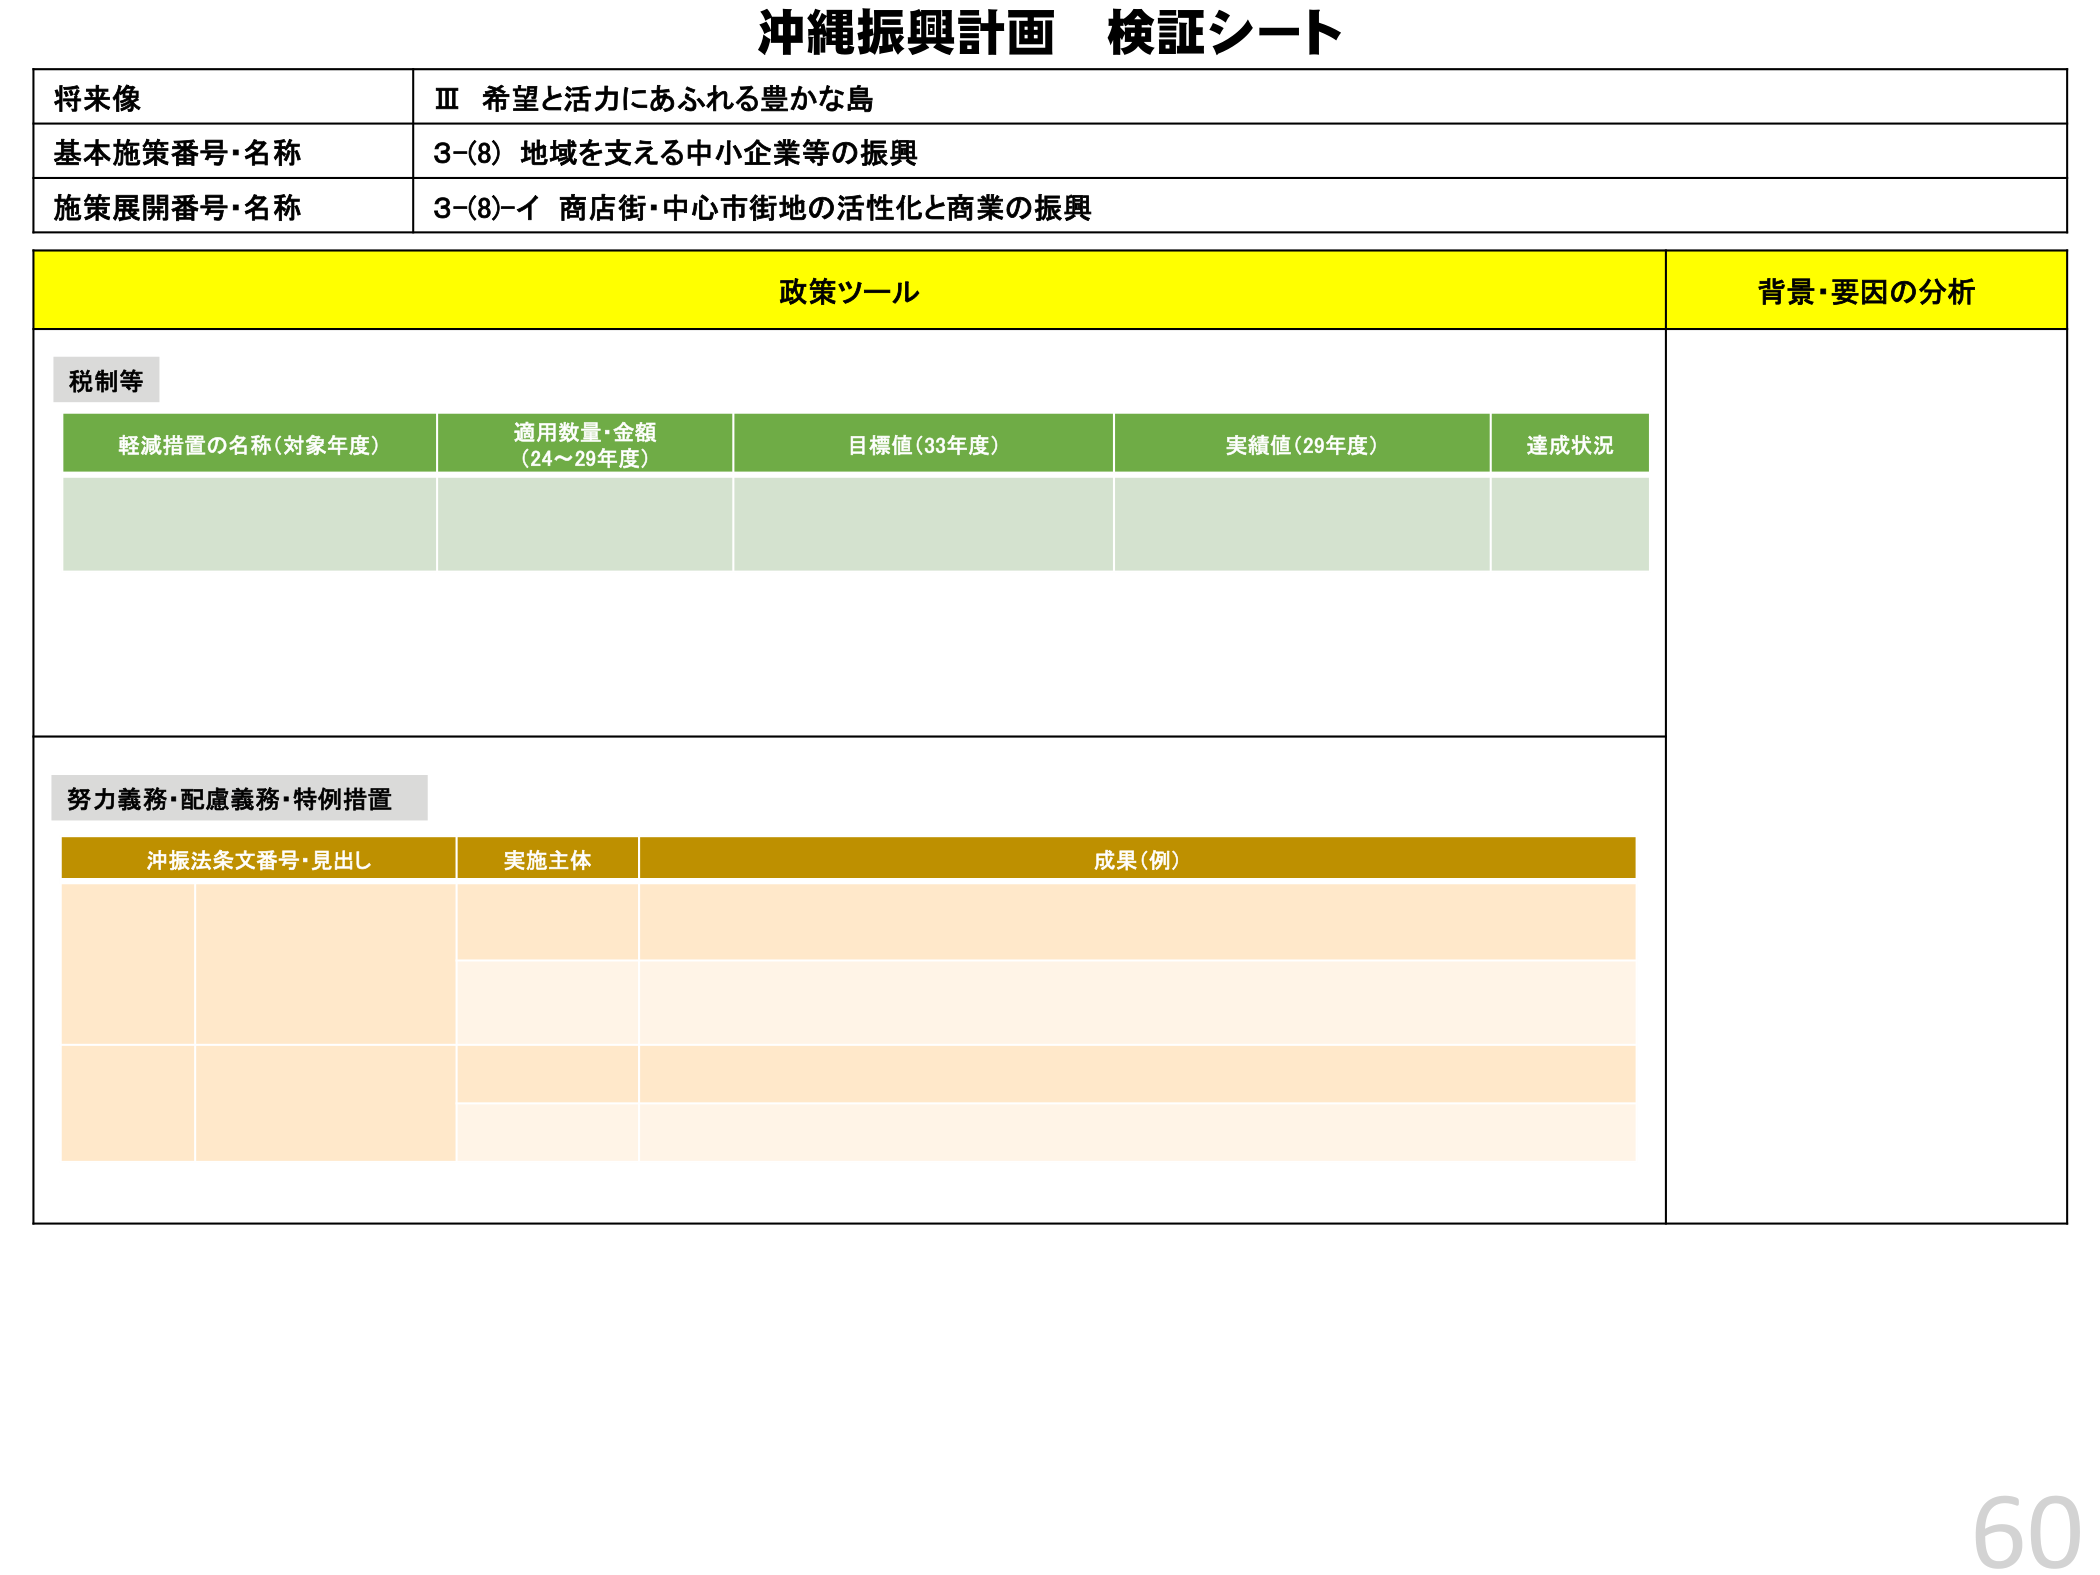
沖縄振興計画 検証シート

将来像
Ⅲ 希望と活力にあふれる豊かな島

基本施策番号・名称
3-(8) 地域を支える中小企業等の振興

施策展開番号・名称
3-(8)-イ 商店街・中心市街地の活性化と商業の振興

政策ツール
背景・要因の分析

税制等
軽減措置の名称（対象年度）
適用数量・金額（24～29年度）
目標値（33年度）
実績値（29年度）
達成状況

努力義務・配慮義務・特例措置
沖振法条文番号・見出し
実施主体
成果（例）

60